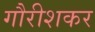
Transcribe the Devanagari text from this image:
गौरीशकर